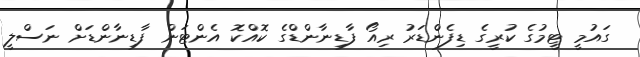
ގައުމީ ޓީމުގެ ކުރީގެ ޑިފެންޑަރު ރިއޯ ފާޑިނާންޑްގެ ކޮއްކޮ އެންޓަން ފާޑިނާންޑަށް ނަސްލީ